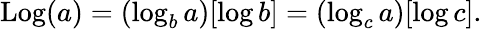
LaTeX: \operatorname{Log}(a)=(\log_{b}a)[\log b]=(\log_{c}a)[\log c].